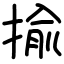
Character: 揄